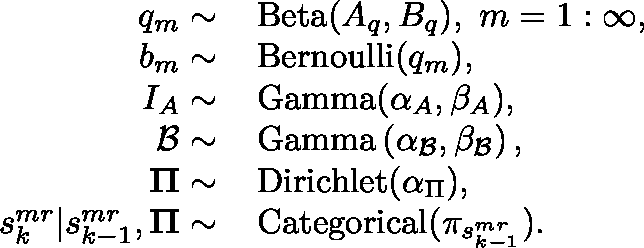
\begin{array} { r l } { q _ { m } \sim } & { { } \, \mathrm { B e t a } ( A _ { q } , B _ { q } ) , \, \, m = 1 : \infty , } \\ { b _ { m } \sim } & { { } \, \mathrm { B e r n o u l l i } ( q _ { m } ) , } \\ { I _ { A } \sim } & { { } \, \mathrm { G a m m a } ( \alpha _ { A } , \beta _ { A } ) , } \\ { \mathcal { B } \sim } & { { } \, \mathrm { G a m m a } \left( \alpha _ { \mathcal { B } } , \beta _ { \mathcal { B } } \right) , } \\ { \mathbf { \Pi } \sim } & { { } \, \mathrm { D i r i c h l e t } ( \alpha _ { \Pi } ) , } \\ { s _ { k } ^ { m r } | s _ { k - 1 } ^ { m r } , \mathbf { \Pi } \sim } & { { } \, \mathrm { C a t e g o r i c a l } ( \pi _ { s _ { k - 1 } ^ { m r } } ) . } \end{array}